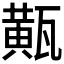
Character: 𤮏